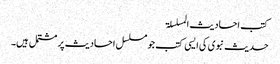
کتب احادیث المسلسلۃ
حدیث نبوی کی ایسی کتب جو مسلسل احادیث پر مشتمل ہیں۔